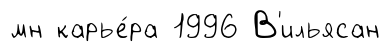
мн карье́ра 1996 В'ильясан